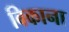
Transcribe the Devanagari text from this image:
बिकाना